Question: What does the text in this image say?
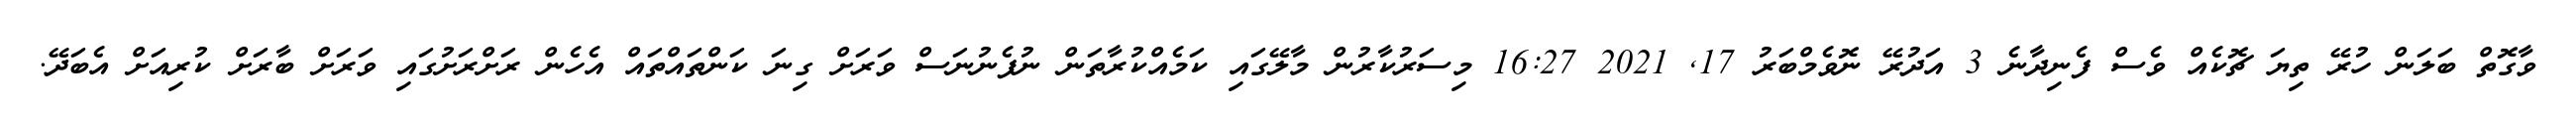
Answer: ވާގޮތް ބަލަން ހުރޭ ތިޔަ ޗޮކެއް ވެސް ފެނިދާނެ 3 އަދުރޭ ނޮވެމްބަރު 17, 2021 16:27 މިސަރުކާރުން މާލޭގައި ކަމެއްކުރާތަން ނުފެނުނަސް ވަރަށް ގިނަ ކަންތައްތައް އެހެން ރަށްރަށުގައި ވަރަށް ބާރަށް ކުރިއަށް އެބަދޭ.